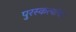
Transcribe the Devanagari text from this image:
पुरस्कर्त्यांचा